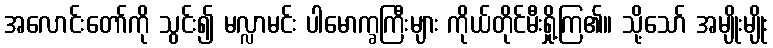
အလောင်းတော်ကို သွင်း၍ မလ္လာမင်း ပါမောက္ခကြီးများ ကိုယ်တိုင်မီးရှို့ကြ၏။ သို့သော် အမျိုးမျိုး